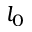
l _ { 0 }